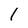
Character: 1